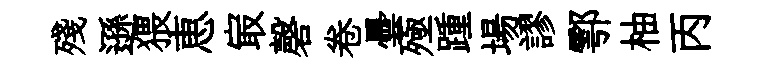
殘遜猥恵㝡磬卷曇殛踵場謬鄠柚丙